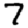
Digit: 7